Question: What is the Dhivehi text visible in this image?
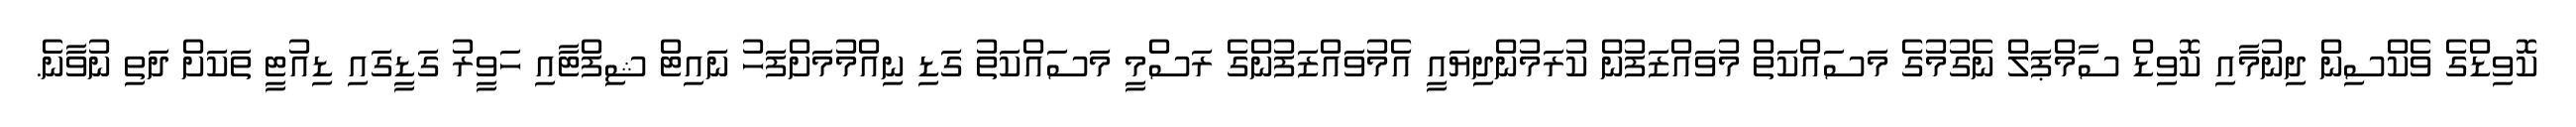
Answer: ކޮވިޑްގެ ވެކްސިން ދިނުމާއި ކޮވިޑް ސާމްޕަލް ނެގުމުގެ މަސައްކަތް މުވައްޒަފުން ކުރަމުންދިޔައީ އެމުވައްޒަފުންގެ ރަސްމީ މަސައްކަތު ގަޑި ނިއްމުމަށްފަހު ނައިޓް ޝިފްޓާއި ހަވީރު ގަޑީގައި ޑިއުޓީ ތަކަށް ދަތި ނުވާނެ.